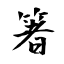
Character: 箸